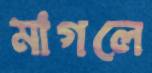
মাগলে